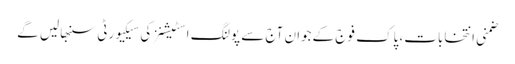
ضمنی انتخابات، پاک فوج کےجوان آج سے پولنگ اسٹیشنز کی سیکیورٹی سنبھالیں گے